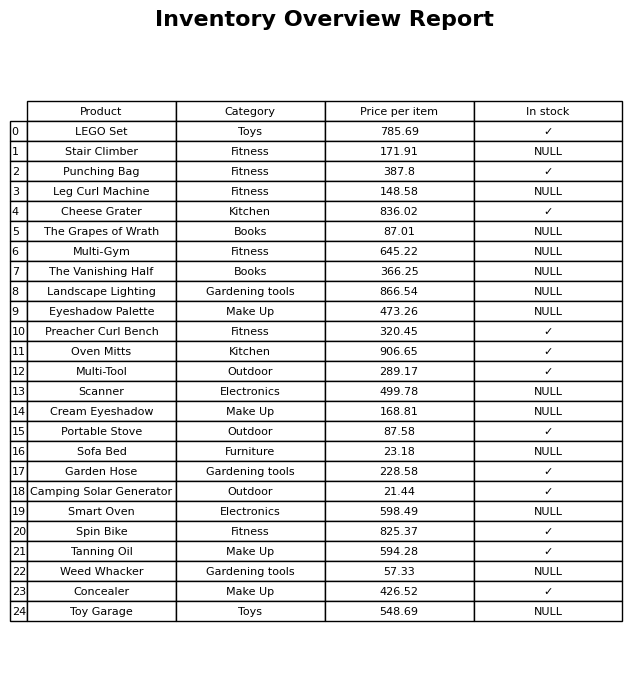
question: What category does the Camping Solar Generator belong to?
answer: Outdoor